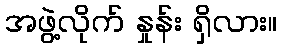
အဖွဲ့လိုက် နှုန်း ရှိလား။